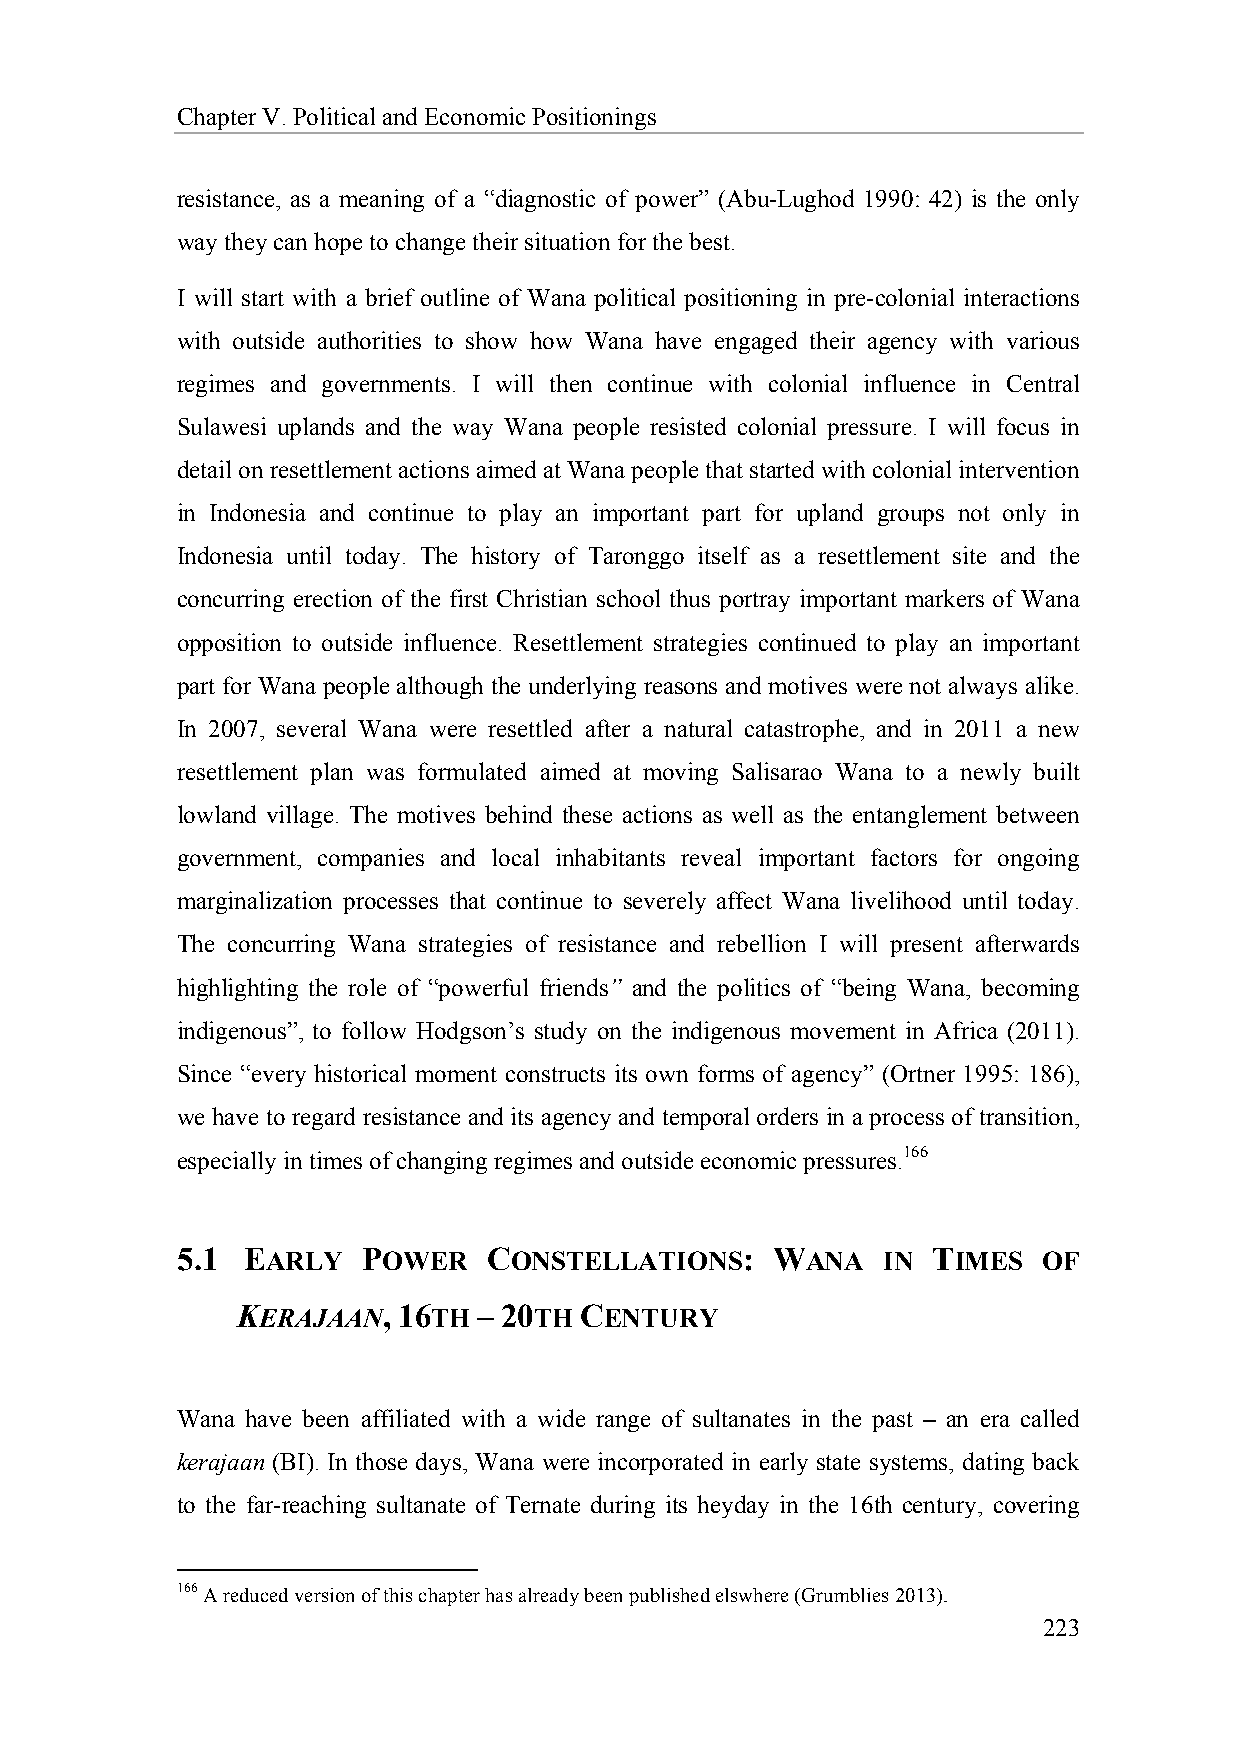
Chapter V. Political and Economic Positionings
 resistance, as a meaning of a “diagnostic of power” (Abu-Lughod 1990: 42) is the only
 way they can hope to change their situation for the best.
 I will start with a brief outline of Wana political positioning in pre-colonial interactions
 with outside authorities to show how Wana have engaged their agency with various
 regimes and governments. I will then continue with colonial influence in Central
 Sulawesi uplands and the way Wana people resisted colonial pressure. I will focus in
 detail on resettlement actions aimed at Wana people that started with colonial intervention
 in Indonesia and continue to play an important part for upland groups not only in
 Indonesia until today. The history of Taronggo itself as a resettlement site and the
 concurring erection of the first Christian school thus portray important markers of Wana
 opposition to outside influence. Resettlement strategies continued to play an important
 part for Wana people although the underlying reasons and motives were not always alike.
 In 2007, several Wana were resettled after a natural catastrophe, and in 2011 a new
 resettlement plan was formulated aimed at moving Salisarao Wana to a newly built
 lowland village. The motives behind these actions as well as the entanglement between
 government, companies and local inhabitants reveal important factors for ongoing
 marginalization processes that continue to severely affect Wana livelihood until today.
 The concurring Wana strategies of resistance and rebellion I will present afterwards
 highlighting the role of “powerful friends” and the politics of “being Wana, becoming
 indigenous”, to follow Hodgson’s study on the indigenous movement in Africa (2011).
 Since “every historical moment constructs its own forms of agency” (Ortner 1995: 186),
 we have to regard resistance and its agency and temporal orders in a process of transition,
 especially in times of changing regimes and outside economic pressures.166
 5.1 EARLY   POWER   CONSTELLATIONS:    WANA   IN  TIMES  OF
 KERAJAAN, 16TH  – 20TH CENTURY
 Wana have been affiliated with a wide range of sultanates in the past – an era called
 kerajaan (BI). In those days, Wana were incorporated in early state systems, dating back
 to the far-reaching sultanate of Ternate during its heyday in the 16th century, covering
 166 A reduced version of this chapter has already been published elswhere (Grumblies 2013).
 223